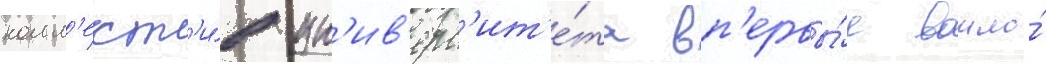
колл'ект'и́в ун'ив'ерс'ит'е́та вп'ервы́е вошло́